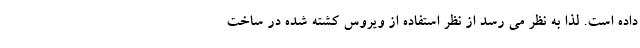
داده است. لذا به نظر می رسد از نظر استفاده از ویروس کشته شده در ساخت